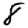
Digit: 8